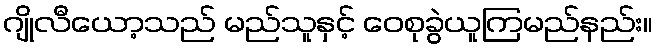
ဂျိုလီယော့သည် မည်သူနှင့် ဝေစုခွဲယူကြမည်နည်း။